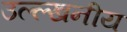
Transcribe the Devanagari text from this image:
उल्ल्खनीय